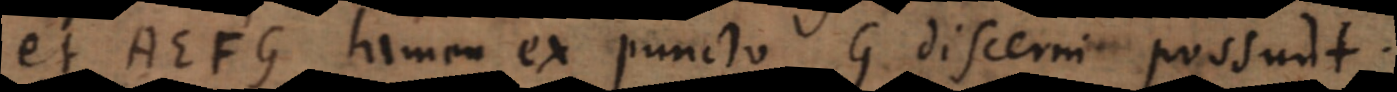
et AEFG tamen ex puncto G discerni possunt.